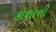
કાશાની